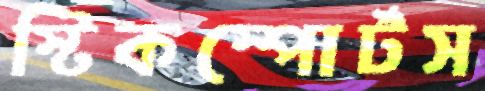
স্টিকস্পোর্টস